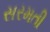
સરમતી